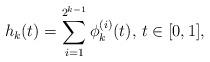
LaTeX: \begin{align*}h_{k}(t)=\sum\limits_{i=1}^{2^{k-1}}\phi_{k}^{(i)}(t),\,t\in [0,1],\end{align*}